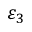
\varepsilon _ { 3 }